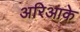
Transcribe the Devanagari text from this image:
अरिआके